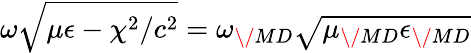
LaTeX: \omega\sqrt{\mu\epsilon-\chi^{2}/c^{2}}=\omega_{\/ {MD}}\sqrt{\mu_{\/ {MD}}\epsilon_{\/ {MD}}}